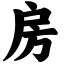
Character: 房